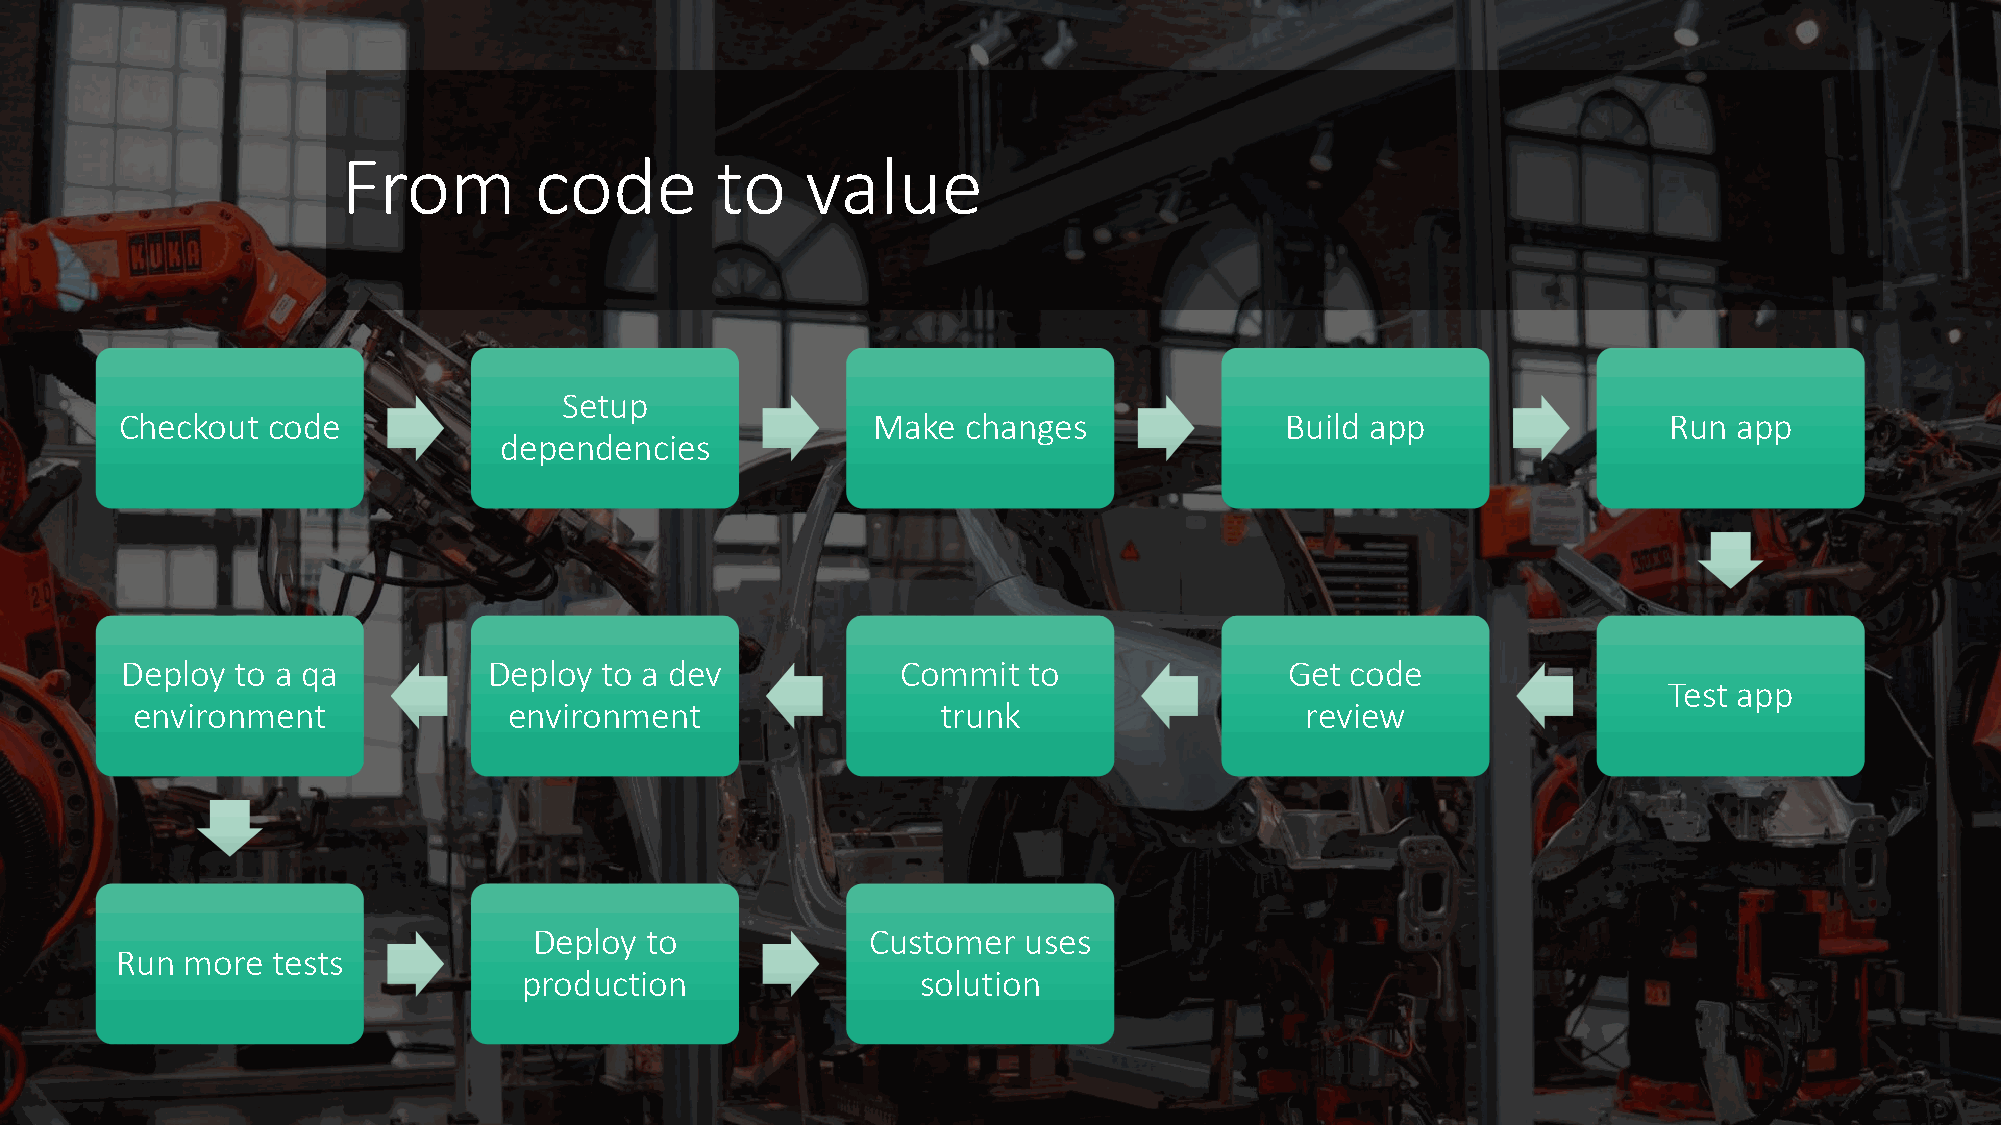
From        code        to    value
 Setup
 Checkout  code                                    Make  changes              Build app                Run  app
 dependencies
 Deploy  to a qa         Deploy  to a dev            Commit  to               Get code
 Test app
 environment              environment                 trunk                   review
 Deploy  to             Customer  uses
 Run more  tests
 production                solution